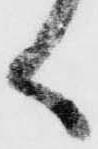
く